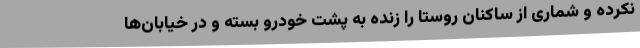
نکرده و شماری از ساکنان روستا را زنده به پشت خودرو بسته و در خیابان‌ها